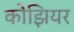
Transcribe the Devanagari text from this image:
कोझियर